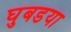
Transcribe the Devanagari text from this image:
घुबडया